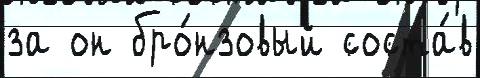
за он бро́нзовый соста́в